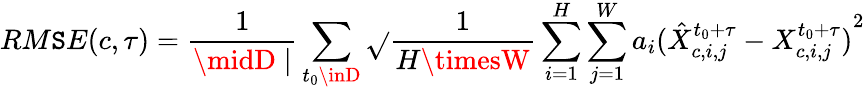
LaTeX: RM\mathtt{S}E(c,\tau)=\frac{{1}}{{\midD\mid}}\sum_{t_{0}\inD}\sqrt{}{{\frac{{1}}{{H\timesW}}\sum_{i=1}^{H}\sum_{j=1}^{W}a_{i}{(\hat{{X}}_{c,i,j}^{t_{0}+\tau}-X_{c,i,j}^{t_{0}+\tau})}^{2}}}